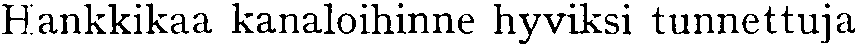
Hankkikaa kanaloihinne hyviksi tunnettuja